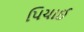
પિચાઈ